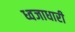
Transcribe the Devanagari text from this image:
ध्वजाधारी